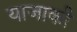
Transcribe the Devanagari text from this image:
याजाकी